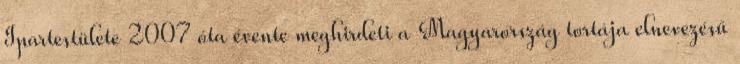
Ipartestülete 2007 óta évente meghirdeti a Magyarország tortája elnevezésű